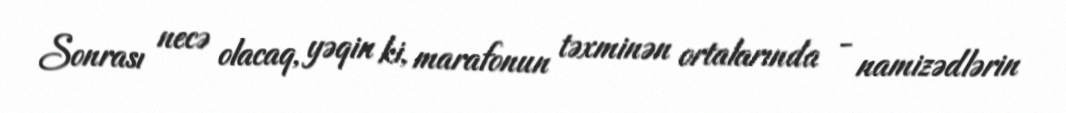
Sonrası necə olacaq, yəqin ki, marafonun təxminən ortalarında - namizədlərin